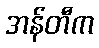
အန်တီက